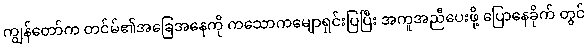
ကျွန်တော်က တင်မ်၏အခြေအနေကို ကသောကမျောရှင်းပြပြီး အကူအညီပေးဖို့ ပြောနေခိုက် တွင်